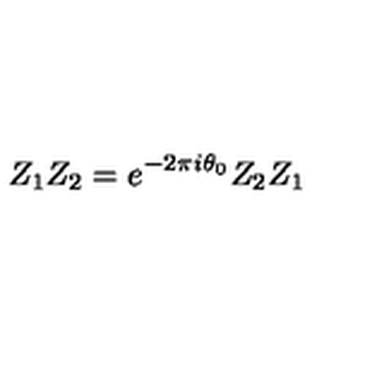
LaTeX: Z _ { 1 } Z _ { 2 } = e ^ { - 2 \pi i \theta _ { 0 } } Z _ { 2 } Z _ { 1 }